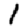
Digit: 1